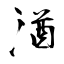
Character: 湭